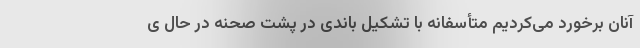
آنان برخورد می‌کردیم متأسفانه با تشکیل باندی در پشت صحنه در حال ی